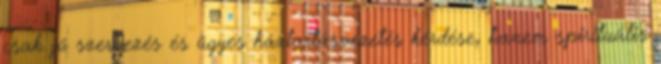
csak jó szervezés és ügyes háztartásvezetés kérdése, hanem spirituális